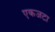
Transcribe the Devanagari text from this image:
एकजटा